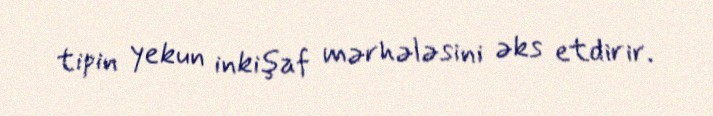
tipin yekun inkişaf mərhələsini əks etdirir.